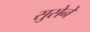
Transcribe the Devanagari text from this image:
सुसेने